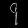
Digit: ၄